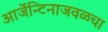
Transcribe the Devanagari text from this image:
आर्जेन्टिनाजवळचा